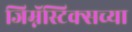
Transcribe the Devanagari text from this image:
जिम्नॅस्टिक्सच्या